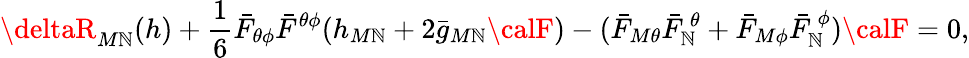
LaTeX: \deltaR_{M\mathbb{N}}(h)+{\frac{{1}}{{6}}}\bar{{F}}_{\theta\phi}\bar{{F}}^{\theta\phi}(h_{M\mathbb{N}}+2\bar{{g}}_{M\mathbb{N}}{\calF})-(\bar{{F}}_{M\theta}\bar{{F}}_{\mathbb{N}}^{~\theta}+\bar{{F}}_{M\phi}\bar{{F}}_{\mathbb{N}}^{~\phi}){\calF}=0,